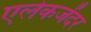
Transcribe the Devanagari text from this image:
एलेकजेंदर